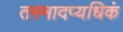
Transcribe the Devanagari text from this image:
तस्मादप्यधिकं